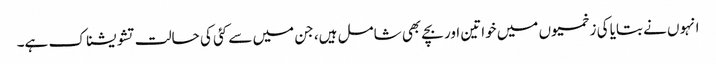
انہوں نے بتایا کی زخمیوں میں خواتین اور بچے بھی شامل ہیں، جن میں سے کئی کی حالت تشویشناک ہے۔